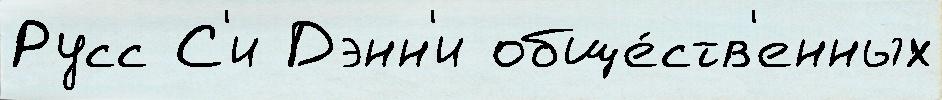
Русс С'и Дэнн'и обще́ств'енных